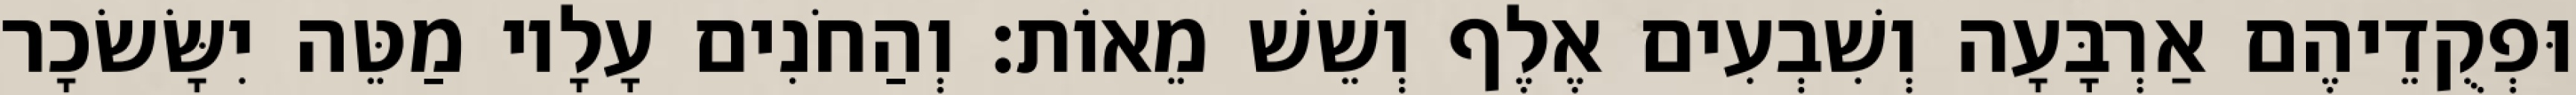
וּפְקֻדֵיהֶם אַרְבָּעָה וְשִׁבְעִים אֶלֶף וְשֵׁשׁ מֵאוֹת׃ וְהַחֹנִים עָלָיו מַטֵּה יִשָּׂשׂכָר